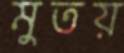
মুতয়